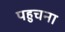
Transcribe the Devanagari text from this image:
पहुचना